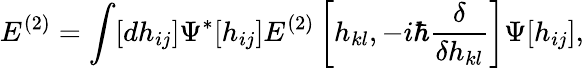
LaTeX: E^{(2)}=\int[dh_{ij}]\Psi^{*}[h_{ij}]E^{(2)}\left[h_{kl},-i\hbar{\frac{\delta}{\delta h_{kl}}}\right]\Psi[h_{ij}],